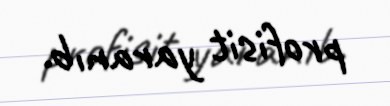
profisit yaranıb.